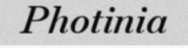
Photinia